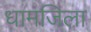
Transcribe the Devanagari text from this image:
धामजिला